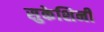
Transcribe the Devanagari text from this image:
सुकेशिनी